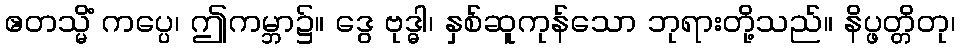
ဧတသ္မိံ ကပ္ပေ၊ ဤကမ္ဘာ၌။ ဒွေ ဗုဒ္ဓါ၊ နှစ်ဆူကုန်သော ဘုရားတို့သည်။ နိပ္ဖတ္တိတု၊